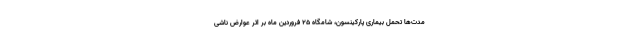
مدت‌ها تحمل بیماری پارکینسون، شامگاه ۲۵ فروردین ماه بر اثر عوارض ناشی